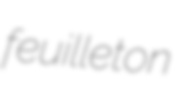
feuilleton